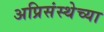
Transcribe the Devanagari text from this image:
अप्रिसंस्थेच्या